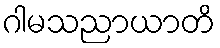
ဂါမသညာယာတိ